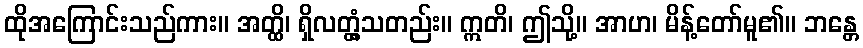
ထိုအကြောင်းသည်ကား။ အတ္ထိ၊ ရှိလတ္တံ့သတည်း။ ဣတိ၊ ဤသို့။ အာဟ၊ မိန့်တော်မူ၏။ ဘန္တေ